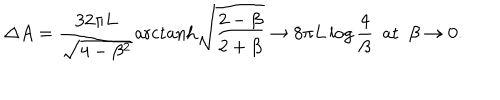
\Delta A = \frac { 3 2 \pi L } { \sqrt { 4 - \beta ^ { 2 } } } \mathrm { a r c t a n h } \sqrt { \frac { 2 - \beta } { 2 + \beta } } \to 8 \pi L \log \frac { 4 } { \beta } \, \, \, \mathrm { a t } \, \, \, \beta \to 0 .